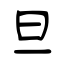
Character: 旦